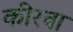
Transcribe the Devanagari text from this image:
कीरवा